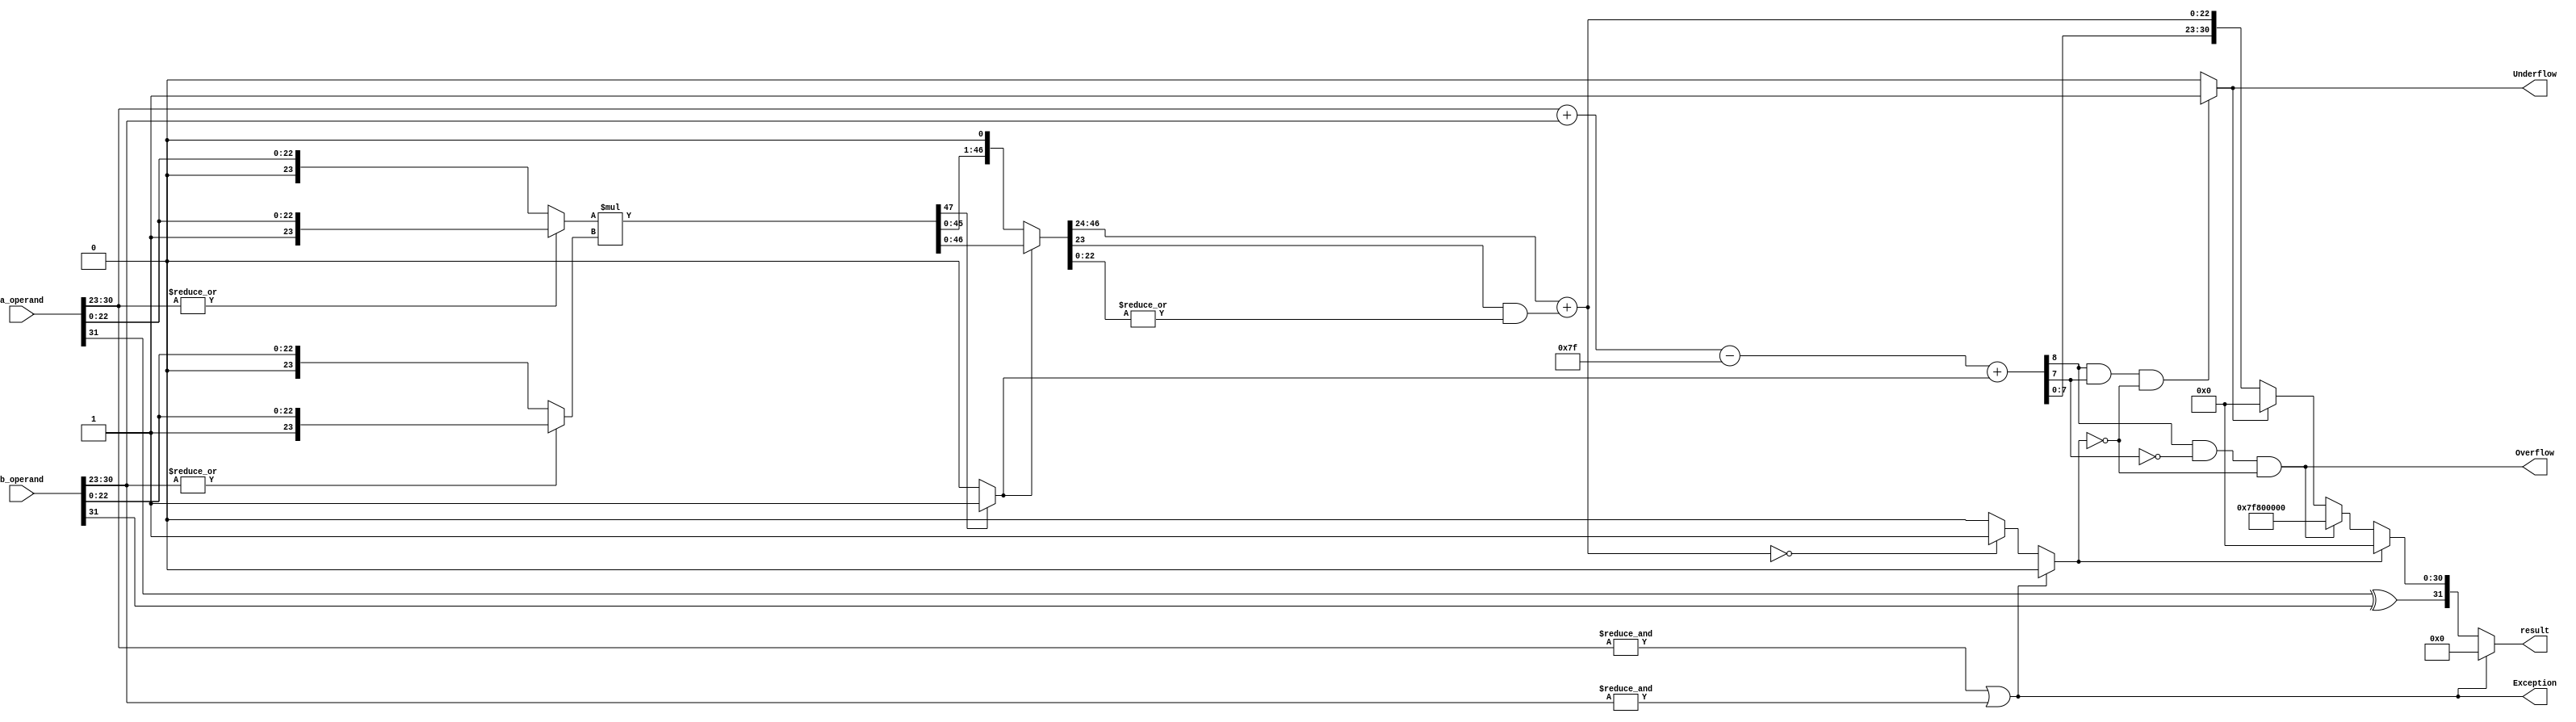
`timescale 1ns / 1ps
//////////////////////////////////////////////////////////////////////////////////
// Company: 
// Created_by: Dheeraj Dhillon 
// 
// Design Name: 
// Module Name: Alu_multiplication
// Project Name: 
// Target Devices: 
// Tool Versions: 
// Description: 
// 
// Dependencies: 
// 
// Revision:
// Revision 0.01 - File Created
// Additional Comments:
// 
//////////////////////////////////////////////////////////////////////////////////


module Alu_multiplication(
    input [31:0] a_operand,
    input [31:0] b_operand,
    output Exception,
    output Overflow,
    output Underflow,
    output [31:0] result
    );
    wire sign,product_round,normalised,zero;
    wire [8:0] exponent,sum_exponent;
    wire [22:0] product_mantissa;
    wire [23:0] operand_a,operand_b;
    wire [47:0] product,product_normalised; //48 Bits
    
    //Exception flag sets 1 if either one of the exponent is 255.
    assign Exception = (&a_operand[30:23]) | (&b_operand[30:23]);
    
    assign sign = a_operand[31] ^ b_operand[31];
   
    //Assigining significand values according to Hidden Bit.
    //If exponent is equal to zero then hidden bit will be 0 for that respective significand else it will be 1
    assign operand_a = (|a_operand[30:23]) ? {1'b1,a_operand[22:0]} : {1'b0,a_operand[22:0]};
    assign operand_b = (|b_operand[30:23]) ? {1'b1,b_operand[22:0]} : {1'b0,b_operand[22:0]};
    assign product = operand_a * operand_b;			//Calculating Product
    
    
    
    assign normalised = product[47] ? 1'b1 : 1'b0;
    assign product_normalised = normalised ? product : product << 1;	//Assigning Normalised value based on 48th bit
    assign product_round = |product_normalised[22:0];  //Ending 22 bits are OR'ed for rounding operation.
    //Final Mantissa.
    assign product_mantissa = product_normalised[46:24] + (product_normalised[23] & product_round); 
    assign zero = Exception ? 1'b0 : (product_mantissa == 23'd0) ? 1'b1 : 1'b0;
    assign sum_exponent = a_operand[30:23] + b_operand[30:23];
    assign exponent = sum_exponent - 8'd127 + normalised;
    //If overall exponent is greater than 255 then Overflow condition.
    assign Overflow = ((exponent[8] & !exponent[7]) & !zero) ; 
    //If sum of both exponents is less than 127 then Underflow condition.
    assign Underflow = ((exponent[8] & exponent[7]) & !zero) ? 1'b1 : 1'b0; 
    assign result = Exception ? 32'd0 : zero ? {sign,31'd0} : Overflow ? {sign,8'd255,23'd0} : Underflow ? {sign,31'd0} : {sign,exponent[7:0],product_mantissa};

endmodule